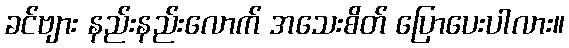
ခင်ဗျား နည်းနည်းလောက် အသေးစိတ် ပြောပေးပါလား။